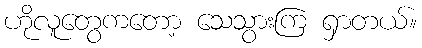
ဟိုလူတွေကတော့ သေသွားကြ ရှာတယ်။